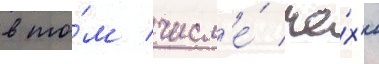
в то́м числ'е́ че́х'и